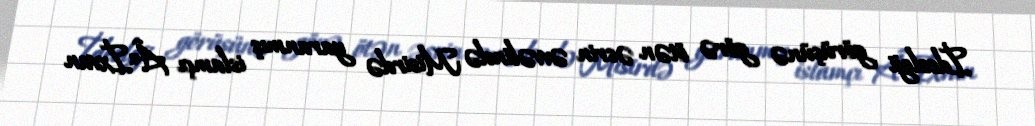
İdeoloji görüşünə görə ötən əsrin əvvəlində Misirdə yaranmış islamçı Â«İxvan